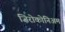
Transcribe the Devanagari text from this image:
ज़िरोकोनिअम